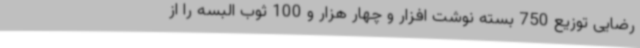
رضایی توزیع 750 بسته نوشت افزار و چهار هزار و 100 ثوب البسه را از